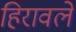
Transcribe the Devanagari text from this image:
हिरावले